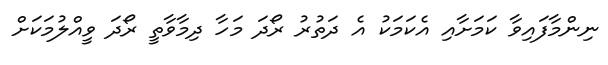
ނިންމާފައިވާ ކަމަށާއި އެކަމަކު އެ ދަތުރު ރޯދަ މަހާ ދިމާވާތީ ރޯދަ ވީއްލުމަކަށް